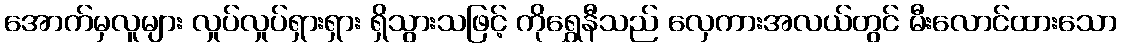
အောက်မှလူများ လှုပ်လှုပ်ရှားရှား ရှိသွားသဖြင့် ကိုရွှေနီသည် လှေကားအလယ်တွင် မီးလောင်ထားသော